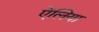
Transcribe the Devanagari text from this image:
ऐंलिया